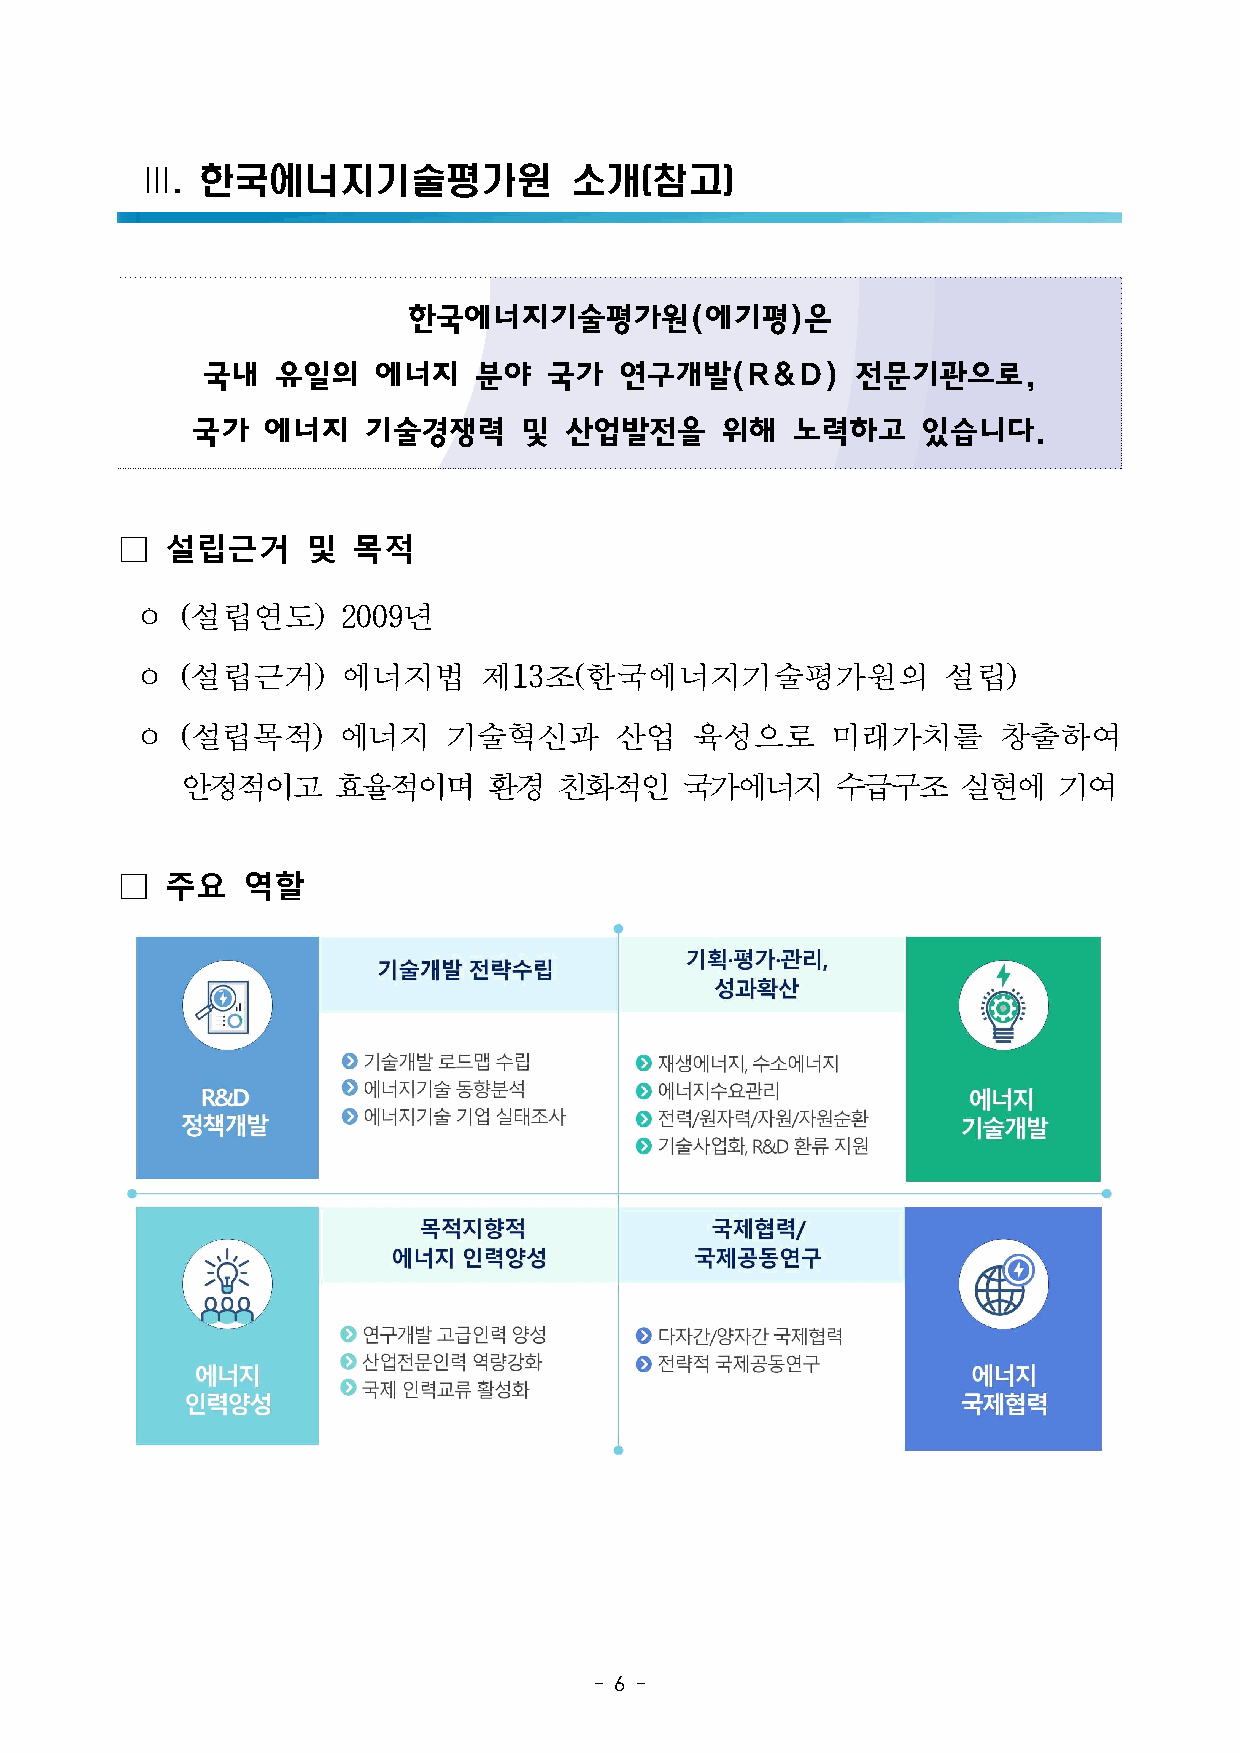
Ⅲ.  한국에너지기술평가원               소개(참고)
 한국에너지기술평가원(에기평)은
 국내   유일의    에너지   분야   국가   연구개발(R&D)       전문기관으로,
 국가  에너지    기술경쟁력     및  산업발전을      위해  노력하고     있습니다.
 □  설립근거     및  목적
 ㅇ  (설립연도)     2009년
 ㅇ  (설립근거)     에너지법     제13조(한국에너지기술평가원의              설립)
 ㅇ  (설립목적)    에너지     기술혁신과      산업   육성으로     미래가치를      창출하여
 안정적이고     효율적이며     환경   친화적인    국가에너지     수급구조     실현에   기여
 □  주요   역할
 - 6 -